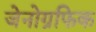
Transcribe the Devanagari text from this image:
जेनोग्रफिक